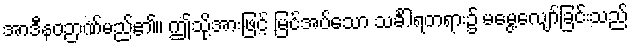
အာဒီနဝဉာဏ်မည်၏။ ဤသို့အားဖြင့် မြင်အပ်သော သင်္ခါရတရား၌ မမွေ့လျော်ခြင်းသည်